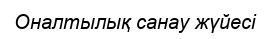
Оналтылық санау жүйесi